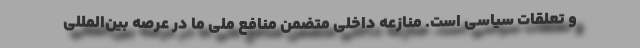
و تعلقات سیاسی است. منازعه داخلی متضمن منافع ملی ما در عرصه بین‌المللی